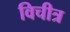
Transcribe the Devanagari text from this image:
विचीत्र